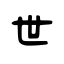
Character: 世